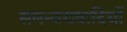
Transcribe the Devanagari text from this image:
समन्वयवादियों